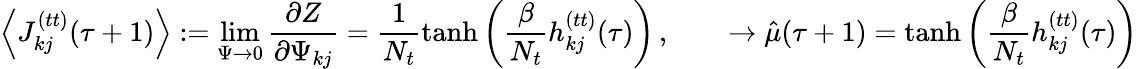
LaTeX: \Big\langle J_{kj}^{(tt)}(\tau+1)\Big\rangle:=\operatorname*{lim}_{\Psi\rightarrow 0}\frac{\partial Z}{\partial\Psi_{kj}}=\frac{1}{N_{t}}\mathrm{tanh}\left(\frac{\beta}{N_{t}}h_{kj}^{(tt)}(\tau)\right)\, ,\qquad\rightarrow\hat{\mu}(\tau+1)=\mathrm{tanh}\left(\frac{\beta}{N_{t}}h_{kj}^{(tt)}(\tau)\right)